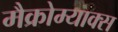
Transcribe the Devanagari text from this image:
मैक्रोम्याक्स